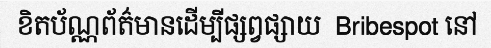
ខិតប័ណ្ណព័ត៌មានដើម្បីផ្សព្វផ្សាយ  Bribespot នៅ